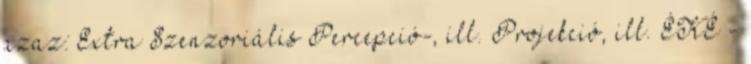
azaz: Extra Szenzoriális Percepció-, ill. Projekció, ill. ÉKÉ -